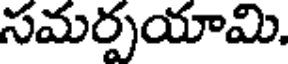
సమర్పయామి.